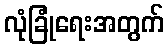
လုံခြုံရေးအတွက်